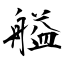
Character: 艗